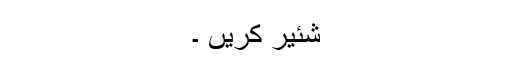
شئیر کریں ۔